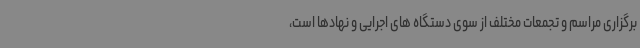
برگزاری مراسم و تجمعات مختلف از سوی دستگاه های اجرایی و نهادها است،